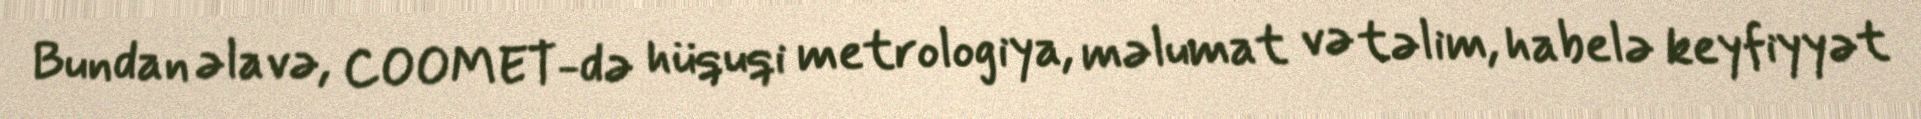
Bundan əlavə, COOMET-də hüquqi metrologiya, məlumat və təlim, habelə keyfiyyət